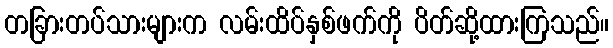
တခြားတပ်သားများက လမ်းထိပ်နှစ်ဖက်ကို ပိတ်ဆို့ထားကြသည်။